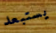
يستبعد